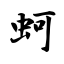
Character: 蚵